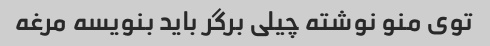
توی منو نوشته چیلی برگر باید بنویسه مرغه